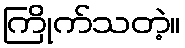
ကြိုက်သတဲ့။